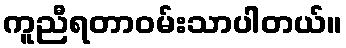
ကူညီရတာဝမ်းသာပါတယ်။